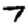
Digit: 7